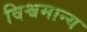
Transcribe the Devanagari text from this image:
विश्वमान्य